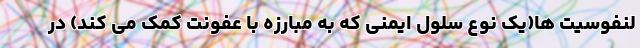
لنفوسیت ها(یک نوع سلول ایمنی که به مبارزه با عفونت کمک می کند) در